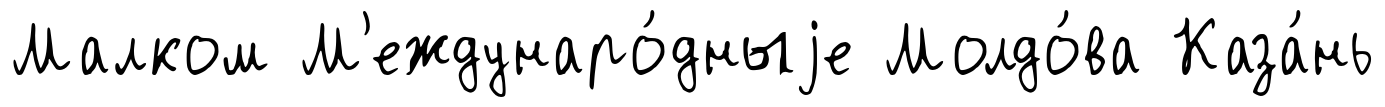
Малком М'еждунаро́дныjе Молдо́ва Каза́нь